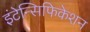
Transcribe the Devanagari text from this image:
इंटेन्सिफिकेशन